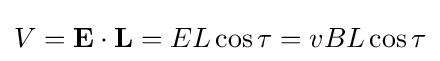
V=\mathbf {E} \cdot \mathbf {L} =EL\cos \tau =vBL\cos \tau